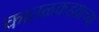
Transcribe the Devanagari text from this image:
कातळकडय़ाच्या